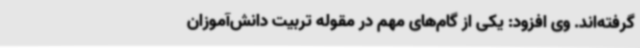
گرفته‌اند. وی افزود: یکی از گام‌های مهم در مقوله تربیت دانش‌آموزان